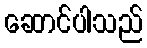
ဆောင်ပါသည်